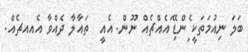
ބަލަ ނިއުމަތަކީ ެިެިެިެިންޑިޭ ައެއްޗެއް ނޫން. އެއީ  ތައާލާ ދެއްވާ އެއއޗެއް.